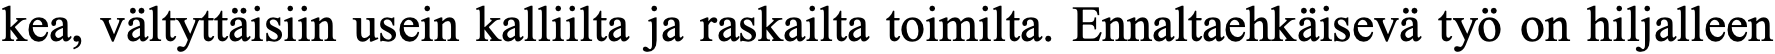
kea, vältyttäisiin usein kalliilta ja raskailta toimilta. Ennaltaehkäisevä työ on hiljalleen